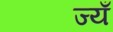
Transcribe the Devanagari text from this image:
ज्यँ